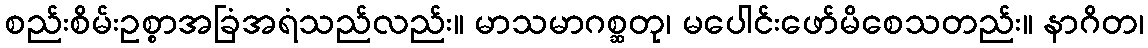
စည်းစိမ်းဥစ္စာအခြံအရံသည်လည်း။ မာသမာဂစ္ဆတု၊ မပေါင်းဖော်မိစေသတည်း။ နာဂိတ၊